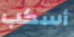
أسكب